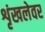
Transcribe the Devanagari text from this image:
शृंखलेवर